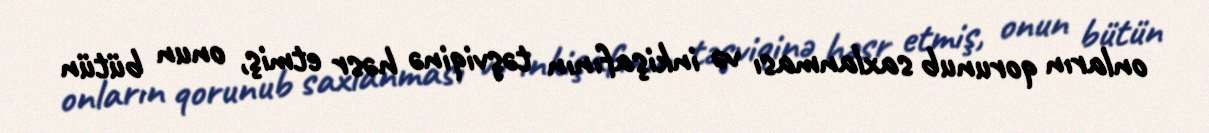
onların qorunub saxlanması və inkişafının təşviqinə həsr etmiş, onun bütün